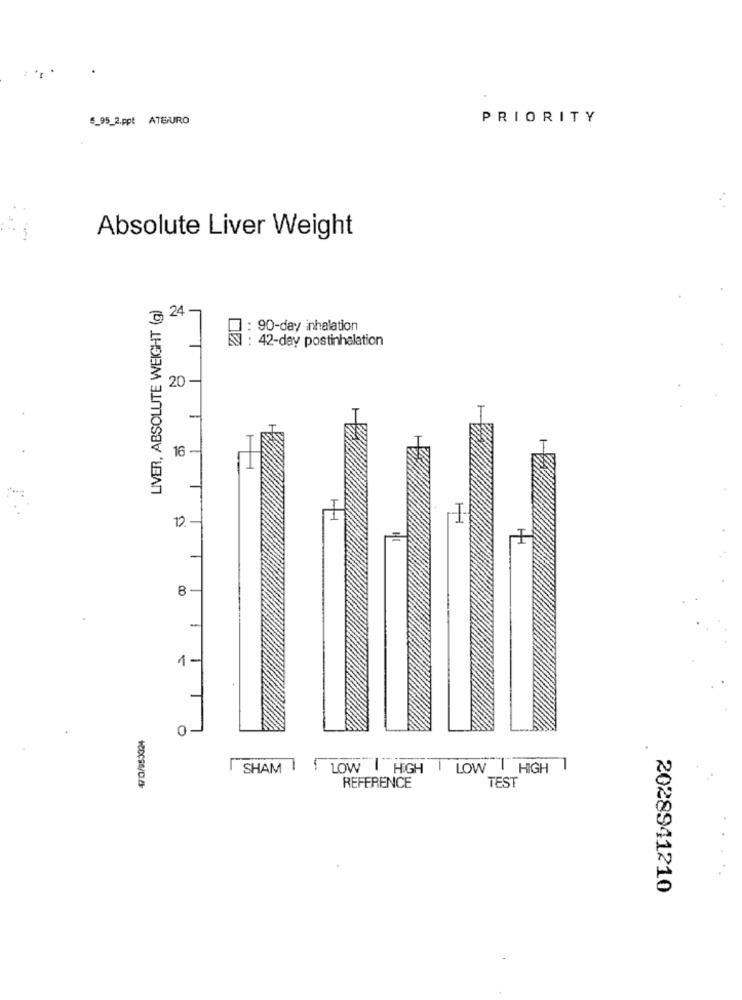
5_95_2.ppt ATEURO
PRIORITY
Absolute Liver Weight
LIVER, ABSOLUTE WEIGHT (g)
& 24-
: 90-day inhalation
: 42-day postinhalation
20 -
T
16 -
8 -
1
0-
SHAM
LOW HIGH
LOW HIGH
REFERENCE
TEST
2028941210